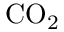
\mathrm { { C O } _ { 2 } }